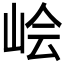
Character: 𰎛